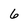
Character: 6